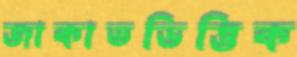
জাকাতভিত্তিক